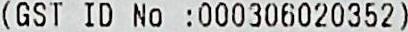
(GST ID NO :000306020352)